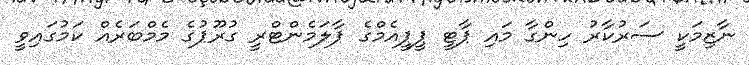
ނާޒިމަކީ ސަރުކާރު ހިންގާ މައި ޕާޓީ ޕީޕީއެމްގެ ޕާލަމެންޓްރީ ގުރޫޕުގެ މެމްބަރެއް ކަމުގައިވީ